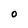
Character: 0